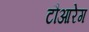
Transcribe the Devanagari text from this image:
टौआरेग